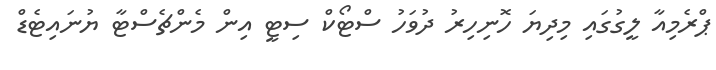
ޕްރެމިއާ ލީގުގައި މިދިޔަ ހޮނިހިރު ދުވަހު ސްޓޯކް ސިޓީ އިން މެންޗެސްޓާ ޔުނައިޓެޑް